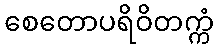
စေတောပရိဝိတက္ကံ